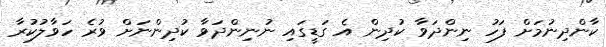
ކާންދިނުމަށް ފަހު ނިންދަވާ ކުދިން އެ ގަޑީގައި ނުނިންދަވާ ކުދިންނަށް ވުރެ ހަވާލުކުރާ